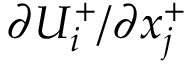
{ { \partial } U _ { i } ^ { + } } / { { \partial } x _ { j } ^ { + } }